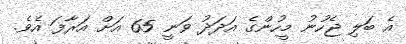
އެ ބަލި ޖެހުނު މީހުންގެ އަދަދު ވަނީ 65 އަށް އަރާފަ އެވެ.